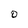
Character: D